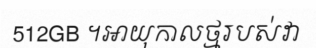
512GB ។អាយុកាលថ្មរបស់វា